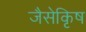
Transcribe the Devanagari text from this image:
जैसेकृिष